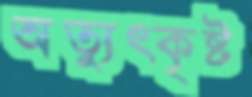
অত্যুত্কৃষ্ট